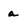
Character: a